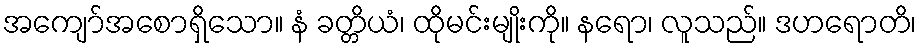
အကျော်အစောရှိသော။ နံ ခတ္တိယံ၊ ထိုမင်းမျိုးကို။ နရော၊ လူသည်။ ဒဟရောတိ၊